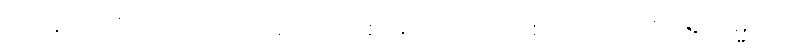
တေန၊ ထို ဝိတက်ကြောင့်။ ယောဂါဝစရော၊ ယောဂါဝစရ ပုဂ္ဂိုလ်ကို။ အာရမ္မဏံ၊